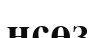
нсөз